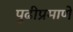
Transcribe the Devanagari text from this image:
पुढीप्रमाणे